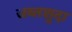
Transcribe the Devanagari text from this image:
जब्तशुदा